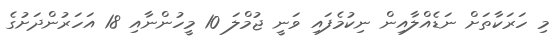
މި ހަރަކާތަށް ނަޑެއްލާއިން ނިކުމެފައި ވަނީ ޖުމްލަ 10 މީހުންނާއި 18 އަހަރުންދަށުގެ